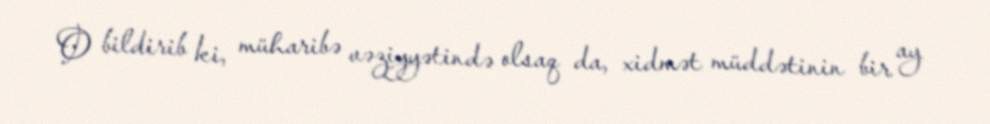
O bildirib ki, müharibə vəziyyətində olsaq da, xidmət müddətinin bir ay